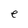
Character: e